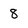
Character: 8